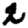
Digit: 2